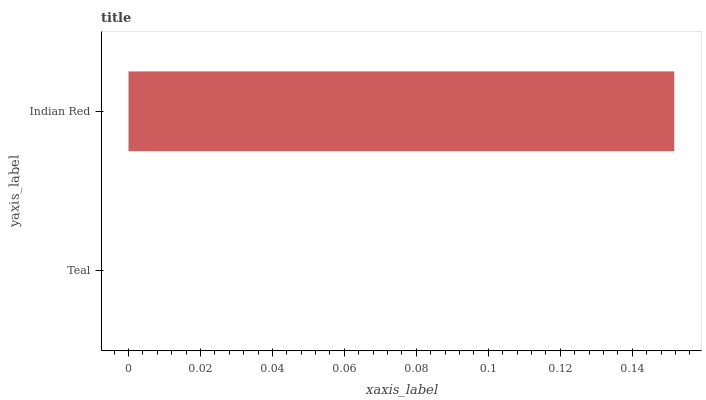
| yaxis_label | bars |
 | --- | --- |
 | Teal | 0 |
 | Indian Red | 0.152 |